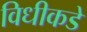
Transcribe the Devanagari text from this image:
विधीकडे